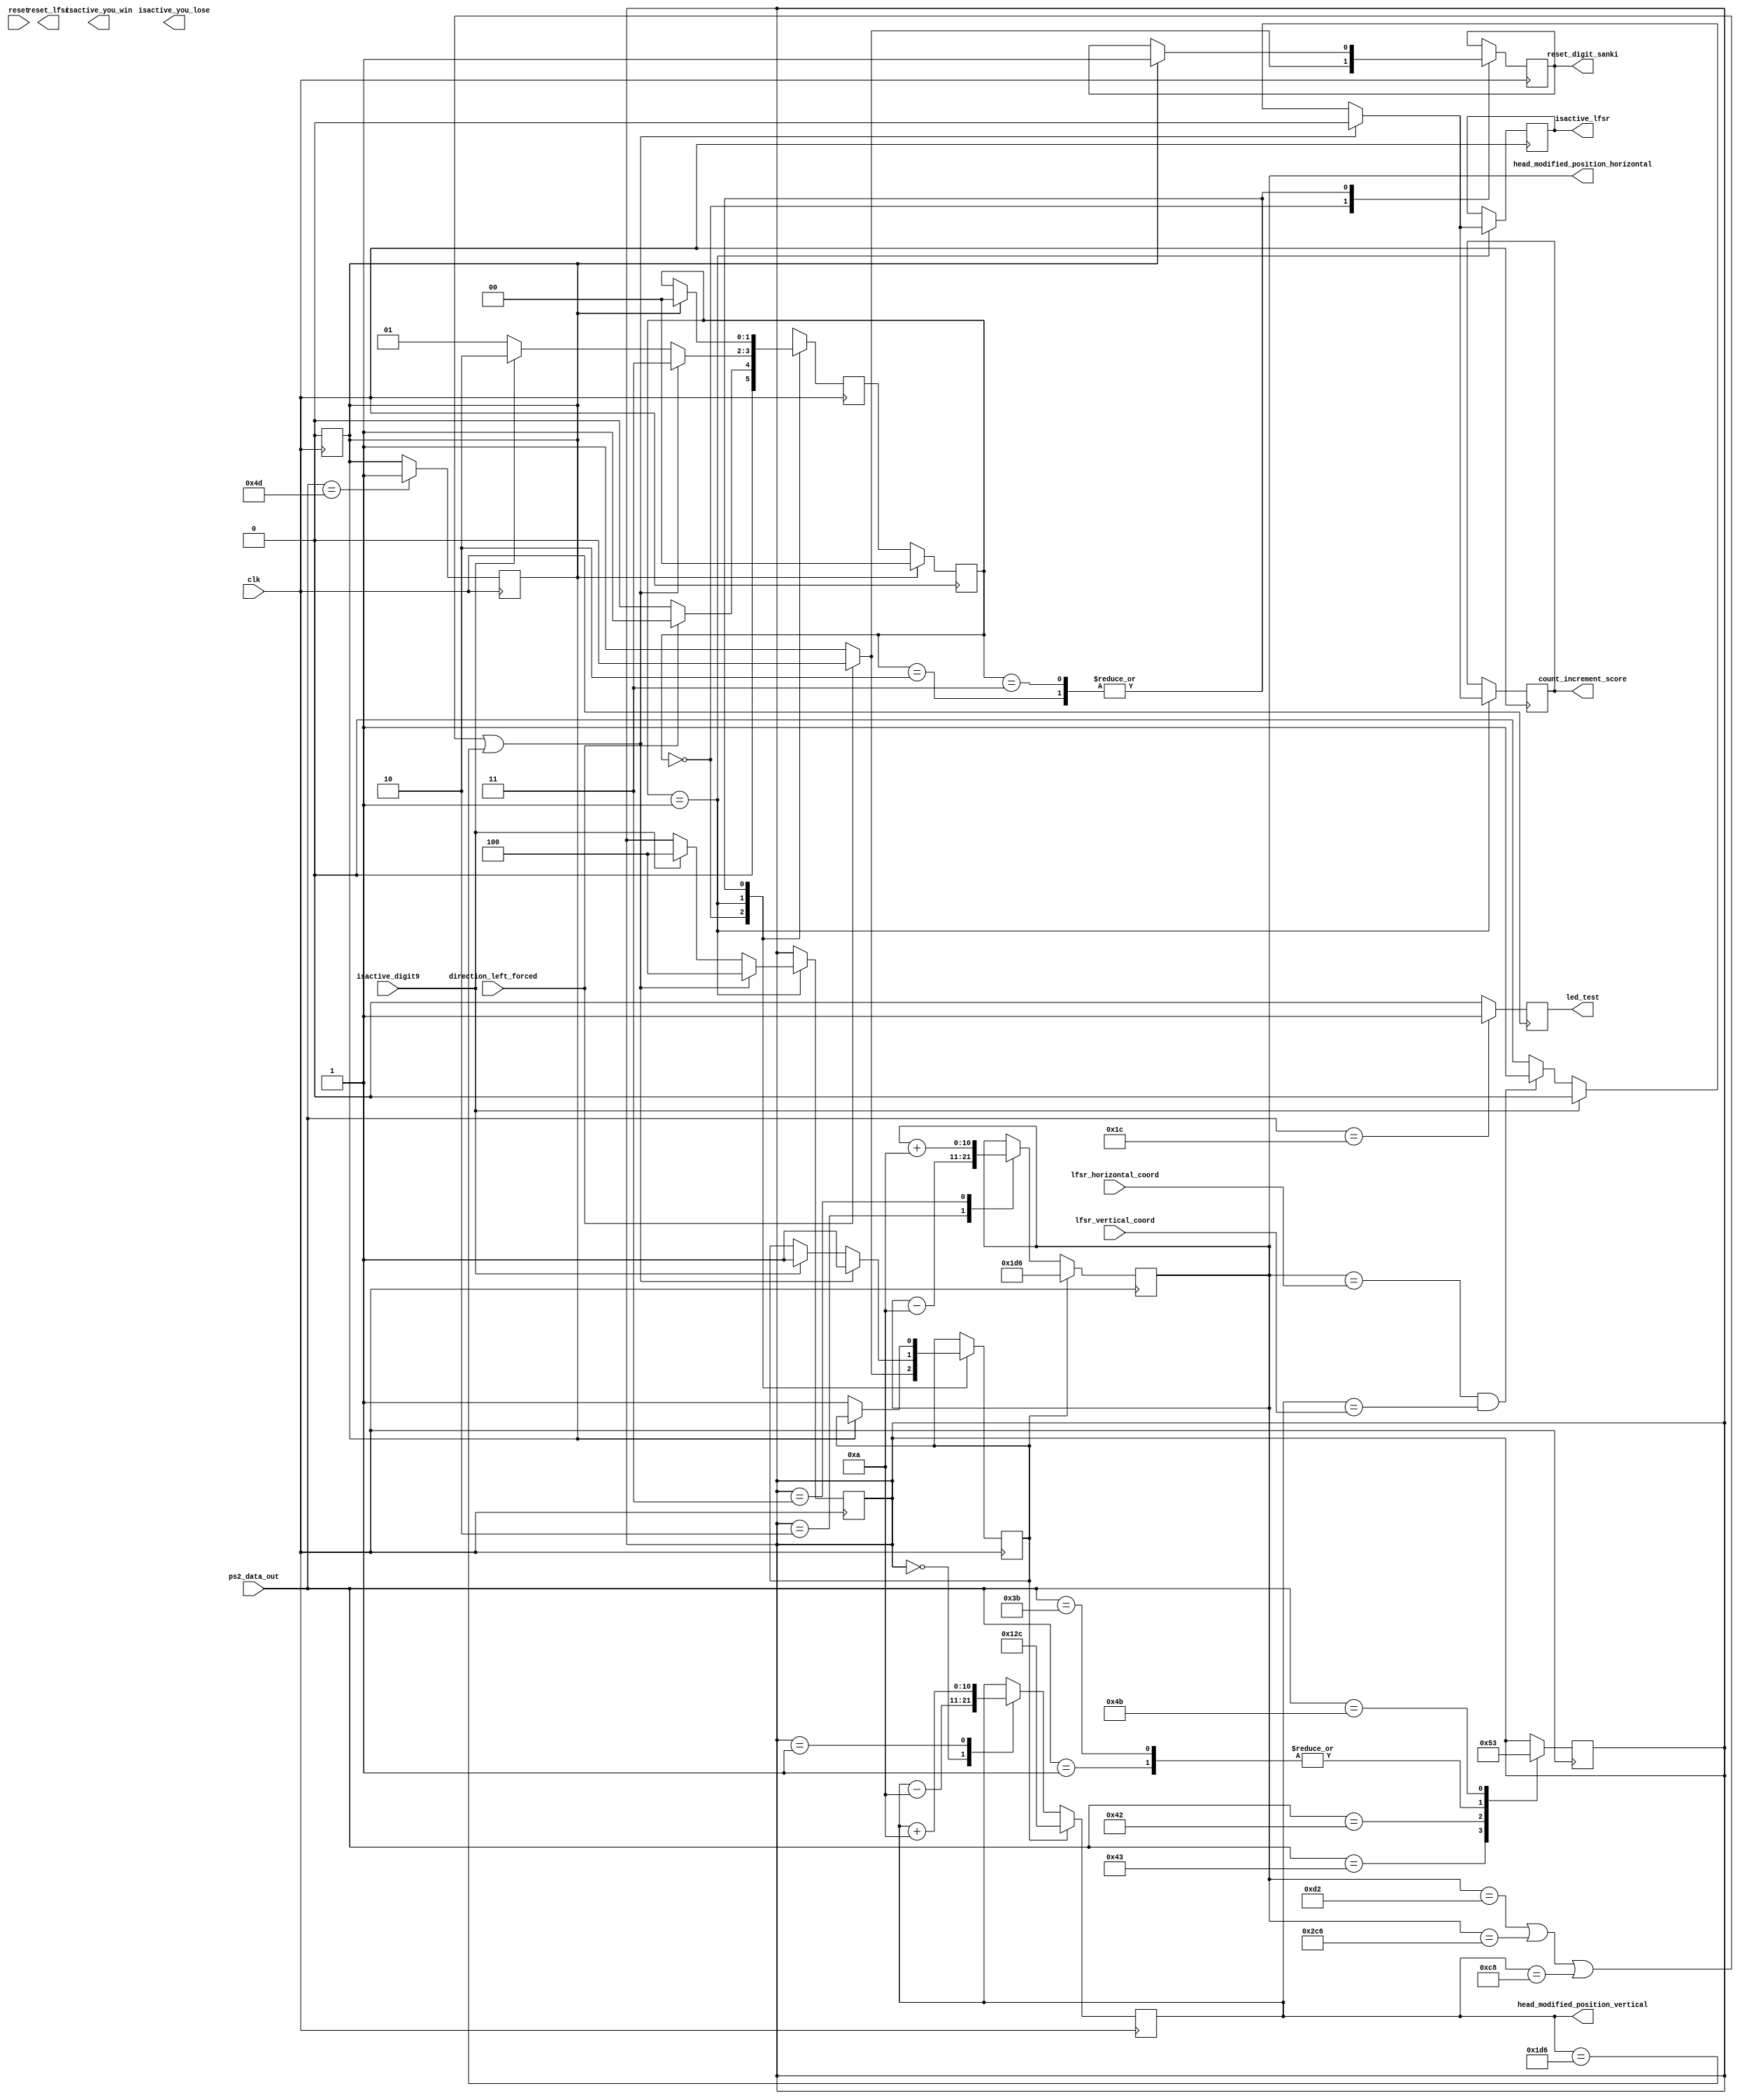
module Snake_Game_Logic_Menu
    (
        input clk,
        
        input [7:0] ps2_data_out,
        input reset,
        
        input isactive_digit9,
        input direction_left_forced, 
        
        input [15:0] lfsr_horizontal_coord, 
        input [15:0] lfsr_vertical_coord,
              
        output [10:0] head_modified_position_horizontal,
        output [10:0] head_modified_position_vertical, 
        
        output isactive_you_win, 
        output isactive_you_lose,
        
        output count_increment_score, 
        output isactive_lfsr, 
        
        output reset_lfsr,
        output reset_digit_sanki, 
        
        output reg led_test
    );
    
//Se asociaza sirurilor de biti folositi pentru codarea starilor nume ce pot fi folosite mai usor in cod.
//La compilare, numele vor fi inlocuite in cod cu numerele asociate la inceput.
localparam START = 2'b00;
localparam GAME = 2'b01;
localparam WIN = 2'b10;
localparam LOSE = 2'b11;

reg led_test_2;
reg [10:0] head_coord_horizontal, head_coord_vertical; 
reg direction_up, direction_down, direction_left, direction_right, stand; 
reg [1:0] state, state_next;
reg isactive_youwin, isactive_youlose;
reg reset_to_start; 
reg reset_digit, isactive_digit; 
reg count_increment_score_sanki;
reg isactive_lfsr_reset_sanki; 
reg reset_lfsr_sanki;
reg [2:0] direction; 



always@(posedge clk) begin
    // Logica pentru direc?ia ?arpelui bazat pe intrrile tastaturii
    case(ps2_data_out)
        8'h05: led_test_2 <= 1;
        8'h01: direction <= 3'b010; //Force direction
        8'h43: direction <= 3'b000; // I pentru direc?ia sus
        8'h42: direction <= 3'b001; // K pentru direc?ia jos
        8'h3B: direction <= 3'b010; // J pentru direc?ia stnga
        8'h4B: direction <= 3'b011; // L pentru direc?ia dreapta
        8'h4D: reset_to_start <= 1; // P pentru resetarea la nceput 
        default: direction <= direction; // Men?ine direc?ia anterioar dac nu s-a apsat nicio tast
    endcase
end


always@(posedge clk) 
begin 
    
    if (stand) 
        begin
            head_coord_horizontal <= 470;
            head_coord_vertical <= 300;      
        end
    else
        begin
            case(direction)
    
                3'b000: begin 
                            head_coord_vertical <= head_coord_vertical - 10; // Sus
                            head_coord_horizontal <= head_coord_horizontal;
                       end     
                       
                3'b001: begin
                            head_coord_vertical <= head_coord_vertical + 10; // Jos
                            head_coord_horizontal <= head_coord_horizontal;
                       end     
                
                3'b010: begin 
                            head_coord_horizontal <= head_coord_horizontal - 10; // Stnga
                            head_coord_vertical <= head_coord_vertical;
                       end
                       
                3'b011: begin 
                            head_coord_horizontal <= head_coord_horizontal + 10; // Dreapta
                            head_coord_vertical <= head_coord_vertical;
                       end
                       
                3'b100: begin 
                            head_coord_horizontal <= head_coord_horizontal; // Stand
                            head_coord_vertical <= head_coord_vertical;
                       end            
                       
                default: begin 
                              head_coord_horizontal <= head_coord_horizontal; 
                              head_coord_vertical <= head_coord_vertical; 
                          end // Men?ine coordonatele constante dac nu este selectat nicio direc?ie
            endcase
        
        end        

    
end


always@(posedge clk) begin
    if(reset_to_start == 1)
        begin
            state <= START;
            reset_to_start <= 0;
        end
    else
        state <= state_next;
end
            
always@(posedge clk) 
begin
                if(ps2_data_out == 8'h1C) 
                    led_test <= 1;
                else 
                    led_test <= 0; 
end                    

//circuit combinational pentru calculul starii urmatoare
always@(posedge clk) begin
    state_next = state;
    case(state)
        START:
           
            begin   
                    
                    reset_digit <= 1; 
                    stand <= 1; 
                    //direction_left <= 1; 
                    //head_coord_horizontal <= 470; 
                    //head_coord_vertical   <= 300; 
                    //isactive_lfsr_reset_sanki <= 0; //Pentru testare
                    //count_increment_score_sanki <= 0; //Pentru testare
                    
                    if (direction_left_forced != 0) 
                        begin 
                                state_next <= GAME; 
                                stand <= 0; 
                                reset_digit <= 0; 
                        end        
                    else
                        begin
                                state_next <= START; 
                        end    
            end
            
        GAME:
        
            begin   
                    reset_lfsr_sanki <= 1; 
                    count_increment_score_sanki <= 0; 
                    isactive_lfsr_reset_sanki <= 0;
                    //Border check 
                    if (head_coord_horizontal == 210 || head_coord_horizontal == 710 || head_coord_vertical == 200 || head_coord_vertical == 470) 
                        begin
                            
                            reset_lfsr_sanki <= 0; 
                            state_next <= LOSE;
                            direction <= 3'b100; 
                            stand <= 1; 
                            
                        end
                    
                    else if (isactive_digit9) 
                            begin
                                
                                reset_lfsr_sanki <= 0; 
                                state_next <= WIN;
                                direction <= 3'b100;
                                stand <= 1;
                               
                             end
                             
                         else if(head_coord_horizontal == lfsr_horizontal_coord && head_coord_vertical == lfsr_vertical_coord)
                            
                             begin
                                
                                state_next <= GAME;
                                count_increment_score_sanki <= 1;
                                isactive_lfsr_reset_sanki <= 1; 
                                
                             end
                             
                                else 
                                    begin
                                        state_next <= GAME; 
                                        count_increment_score_sanki <= 0;
                                        isactive_lfsr_reset_sanki <= 0;            
                                    end
                                    
            end
            
        WIN:
            begin
                    if (reset_to_start) 
                        begin 
                            state_next <= START; 
                            isactive_youwin <= 0;
                            reset_digit <= 1; 
                        end 
                    else 
                        begin
                            stand <= 1; 
                            isactive_youwin <= 1;
                        end
            
            end  
        LOSE:
            begin
                    if (reset_to_start) 
                        begin 
                            state_next <= START; 
                            isactive_youlose <= 0;
                            reset_digit <= 1; 
                        end 
                    else 
                        begin
                            stand <= 1; 
                            isactive_youlose <= 1;
                        end    
            end
                     
        default: state_next = START;
	
    endcase
end


//circuit combinational pentru calculul iesirilor
assign head_modified_position_horizontal  = head_coord_horizontal;
assign head_modified_position_vertical = head_coord_vertical;

assign count_increment_score = (count_increment_score_sanki); 
assign isactive_lfsr = (isactive_lfsr_reset_sanki); 

assign reset_digit_sanki = (reset_digit);            
//assign led_test = led_test_2;      

endmodule